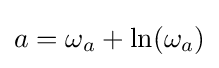
a=\omega _{a}+\ln(\omega _{a})